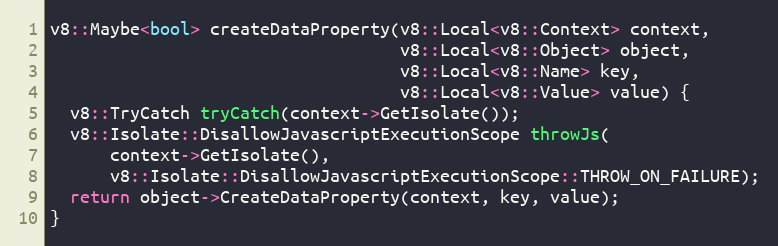
Language: C++
v8::Maybe<bool> createDataProperty(v8::Local<v8::Context> context,
                                   v8::Local<v8::Object> object,
                                   v8::Local<v8::Name> key,
                                   v8::Local<v8::Value> value) {
  v8::TryCatch tryCatch(context->GetIsolate());
  v8::Isolate::DisallowJavascriptExecutionScope throwJs(
      context->GetIsolate(),
      v8::Isolate::DisallowJavascriptExecutionScope::THROW_ON_FAILURE);
  return object->CreateDataProperty(context, key, value);
}